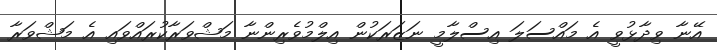
އޭނާ ވިދާޅުވީ އެ މައްސަލަ އިސްލާމީ ނަޒަރަކުން އިލްމުވެރިންނާ މަޝްވަރާކުރައްވައި އެ މަޝްވަރާ